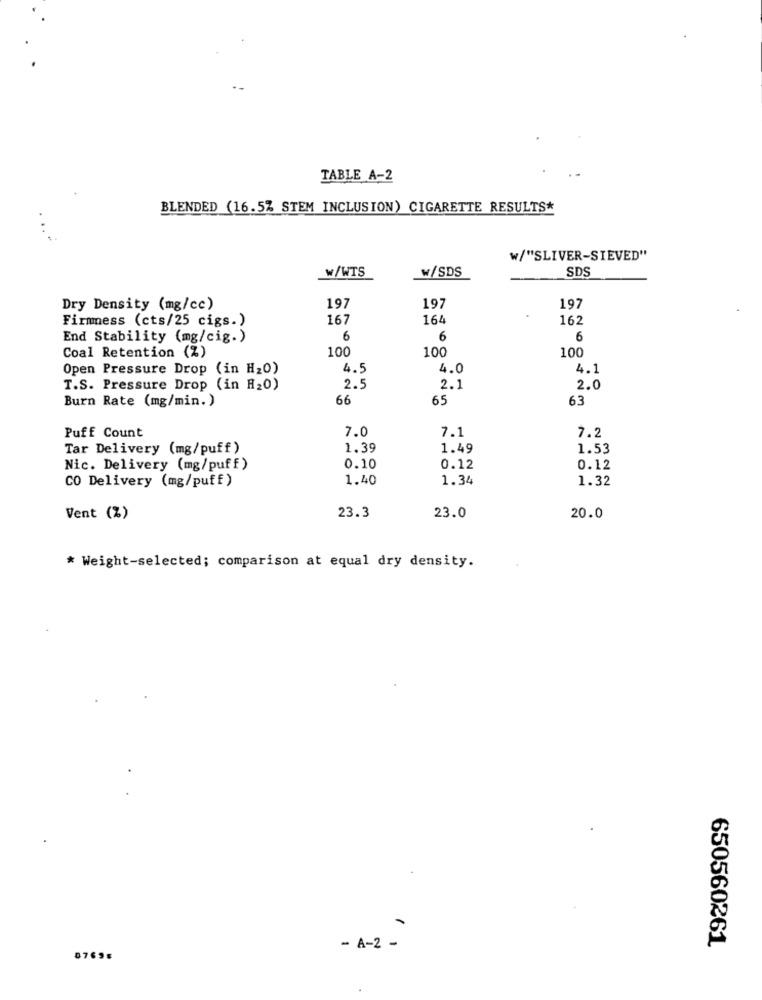
TABLE A-2
BLENDED (16.5% STEM INCLUSION) CIGARETTE RESULTS*
w/"SLIVER-SIEVED"
W/WTS
W/SDS
SDS
Dry Density (mg/cc)
197
197
197
Firmness (cts/25 cigs.)
167
164
162
End Stability (mg/cig.)
6
6
6
100
100
100
Coal Retention (%)
Open Pressure Drop (in H20)
4.5
4.0
4.1
T.S. Pressure Drop (in A20)
2.5
2.1
2.0
Burn Rate (mg/min.)
66
65
63
7.0
7.1
7.2
Puff Count
Tar Delivery (mg/puff)
1.39
1.49
1.53
Nic. Delivery (mg/puff)
0.10
0.12
0.12
CO Delivery (mg/puff)
1.40
1.34
1.32
23.3
23.0
Vent (%)
20.0
* Weight-selected; comparison at equal dry density.
.
650560261
- A-2 -
07695